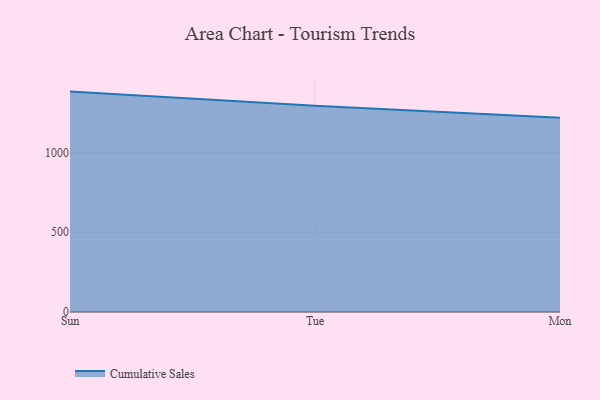
{"axis": {"x": "Day", "y": "Bounce Rate (%)"}, "legend": ["Cumulative Sales"], "data": [{"x": "Sun", "y": 1382.5, "type": "Cumulative Sales"}, {"x": "Tue", "y": 1293.0, "type": "Cumulative Sales"}, {"x": "Mon", "y": 1217.9, "type": "Cumulative Sales"}]}